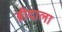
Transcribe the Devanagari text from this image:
ब्रीदाला